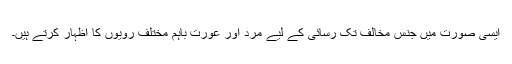
ایسی صورت میں جنس مخالف تک رسائی کے لیے مرد اور عورت باہم مختلف رویوں کا اظہار کرتے ہیں۔